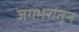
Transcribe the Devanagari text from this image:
जगभरांतून